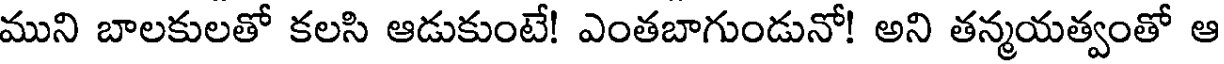
ముని బాలకులతో కలసి ఆడుకుంటే! ఎంతబాగుండునో! అని తన్మయత్వంతో ఆ